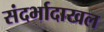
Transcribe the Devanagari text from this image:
संदर्भादाखल